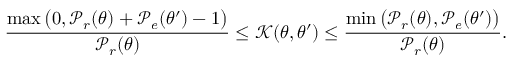
\frac { \operatorname* { m a x } \big ( 0 , \mathcal { P } _ { r } ( \theta ) + \mathcal { P } _ { e } ( \theta ^ { \prime } ) - 1 \big ) } { \mathcal { P } _ { r } ( \theta ) } \leq \mathcal { K } ( \theta , \theta ^ { \prime } ) \leq \frac { \operatorname* { m i n } \big ( \mathcal { P } _ { r } ( \theta ) , \mathcal { P } _ { e } ( \theta ^ { \prime } ) \big ) } { \mathcal { P } _ { r } ( \theta ) } .